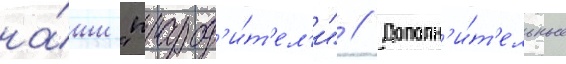
на́ши "прарод'и́т'ел'и" // Дополн'и́т'ельные